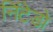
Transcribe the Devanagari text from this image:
निंटेडो